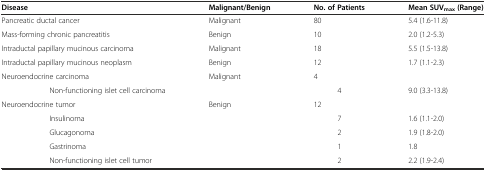
<table><thead><tr><td><b>Disease</b></td><td><b>Malignant/Benign</b></td><td><b>No. of Patients</b></td><td><b>Mean SUV<sub>max</sub>(Range)</b></td></tr></thead><tbody><tr><td>Pancreatic ductal cancer</td><td>Malignant</td><td>80</td><td>5.4 (1.6-11.8)</td></tr><tr><td>Mass-forming chronic pancreatitis</td><td>Benign</td><td>10</td><td>2.0 (1.2-5.3)</td></tr><tr><td>Intraductal papillary mucinous carcinoma</td><td>Malignant</td><td>18</td><td>5.5 (1.5-13.8)</td></tr><tr><td>Intraductal papillary mucinous neoplasm</td><td>Benign</td><td>12</td><td>1.7 (1.1-2.3)</td></tr><tr><td>Neuroendocrine carcinoma</td><td>Malignant</td><td>4</td><td></td></tr><tr><td>Non-functioning islet cell carcinoma</td><td></td><td>4</td><td>9.0 (3.3-13.8)</td></tr><tr><td>Neuroendocrine tumor</td><td>Benign</td><td>12</td><td></td></tr><tr><td>Insulinoma</td><td></td><td>7</td><td>1.6 (1.1-2.0)</td></tr><tr><td>Glucagonoma</td><td></td><td>2</td><td>1.9 (1.8-2.0)</td></tr><tr><td>Gastrinoma</td><td></td><td>1</td><td>1.8</td></tr><tr><td>Non-functioning islet cell tumor</td><td></td><td>2</td><td>2.2 (1.9-2.4)</td></tr></tbody></table>